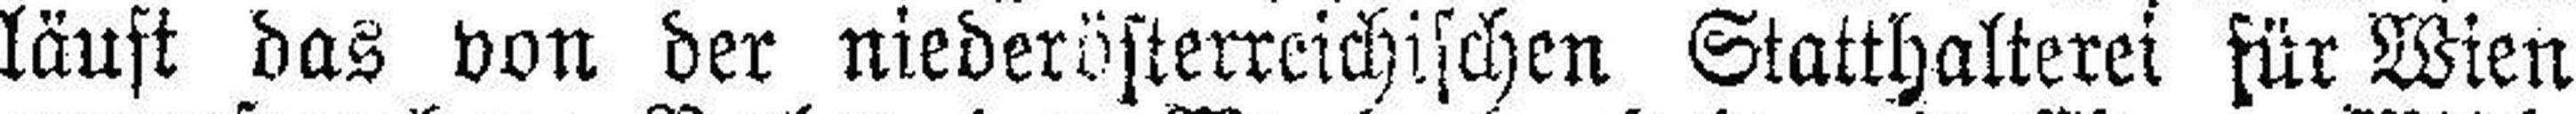
läuft das von der niederösterreichischen Statthalterei für Wien